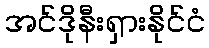
အင်ဒိုနီးရှားနိုင်ငံ